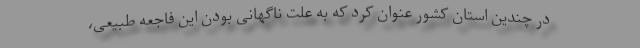
در چندین استان کشور عنوان کرد که به علت ناگهانی بودن این فاجعه طبیعی،